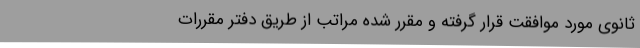
ثانوی مورد موافقت قرار گرفته و مقرر شده مراتب از طریق دفتر مقررات